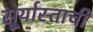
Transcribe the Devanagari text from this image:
सू्र्यास्ताची